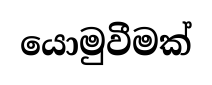
යොමුවීමක්